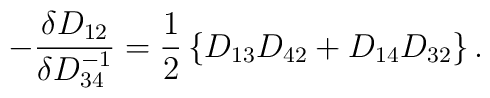
-\frac{\delta D_{12}}{\delta D^{-1}_{34}}=\frac{1}{2}\left\{D_{13}D_{42}+D_{14}D_{32}\right\}.